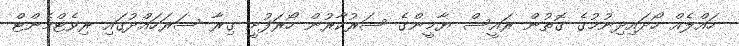
ހައްލެއް ހޯދައިދިނުމުގެ ގޮތުން ރައީސް ޔާމީންގެ ސަރުކާރުން ހޯރަފުށީ ގިރާ ސަރަހައްދުގައި ރިވެޓްމެންޓް